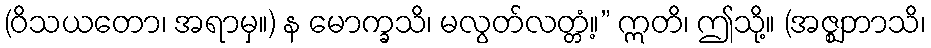
(ဝိသယတော၊ အရာမှ။) န မောက္ခသိ၊ မလွတ်လတ္တံ့။” ဣတိ၊ ဤသို့။ (အဇ္ဈဘာသိ၊